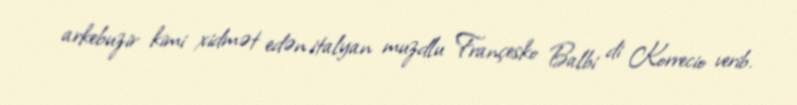
arkebuzir kimi xidmət edən italyan muzdlu Françesko Balbi di Korrecio verib.